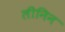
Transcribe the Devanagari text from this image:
लीनिन